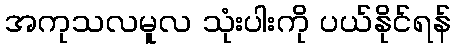
အကုသလမူလ သုံးပါးကို ပယ်နိုင်ရန်